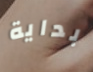
بداية